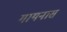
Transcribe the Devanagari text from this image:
गायनास